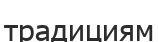
традициям